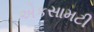
એકસામટી